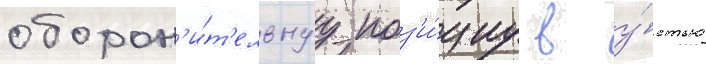
оборон'и́т'ельнуу поз'и́циу в у́стье